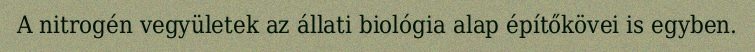
A nitrogén vegyületek az állati biológia alap építőkövei is egyben.